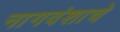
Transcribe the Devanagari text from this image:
नागवंशाचे